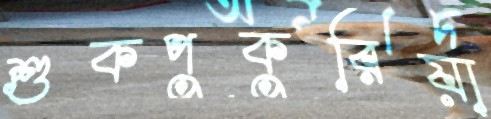
শুকপুকুরিয়া